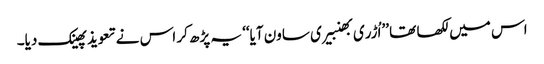
اس میں لکھا تھا ’’اُڑری بھنبیری ساون آیا‘‘ یہ پڑھ کر اس نے تعویذ پھینک دیا۔